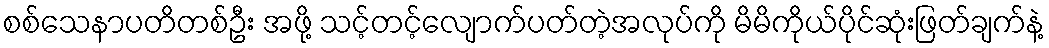
စစ်သေနာပတိတစ်ဦး အဖို့ သင့်တင့်လျောက်ပတ်တဲ့အလုပ်ကို မိမိကိုယ်ပိုင်ဆုံးဖြတ်ချက်နဲ့